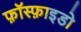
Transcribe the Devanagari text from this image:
फ़ॉस्फ़ाइडो